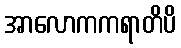
အာလောကကရာတိပိ